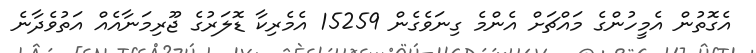
އެގޮތުން އެމީހުންގެ މައްޗަށް އެންމެ ގިނަވެގެން 15259 އެމެރިކާ ޑޮލަރުގެ ޖޫރިމަނާއެއް އަތުވެދާނެ